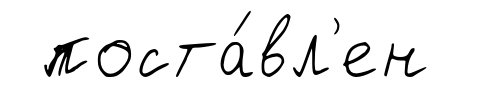
поста́вл'ен